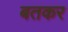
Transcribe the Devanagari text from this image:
बतकर